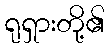
ရုရှားတို့၏